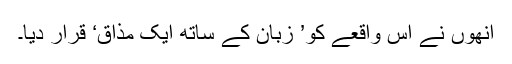
اُنھوں نے اِس واقعے کو’ زبان کے ساتھ ایک مذاق‘ قرار دیا۔